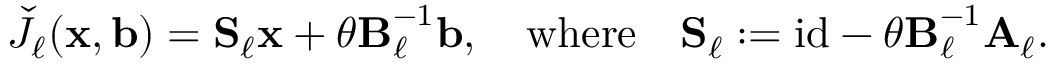
\begin{array} { r } { \check { J } _ { \ell } ( \boldsymbol { \mathbf { x } } , \boldsymbol { \mathbf { b } } ) = \boldsymbol { \mathbf { \check { S } } } _ { \ell } \boldsymbol { \mathbf { x } } + \theta \boldsymbol { \mathbf { \check { B } } } _ { \ell } ^ { - 1 } \boldsymbol { \mathbf { b } } , \quad \mathrm { w h e r e } \quad \boldsymbol { \mathbf { \check { S } } } _ { \ell } : = \mathrm { i d } - \theta \boldsymbol { \mathbf { \check { B } } } _ { \ell } ^ { - 1 } \boldsymbol { \mathbf { \check { A } } } _ { \ell } . } \end{array}